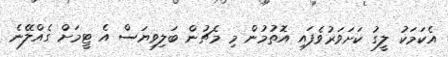
އެކަމަކު ލީގު ކަށަވަރުވެފައި އޮތުމުން މި މެޗުން ބަލިވިޔަސް އެ ޓީމަށް ގެއްލޭނެ